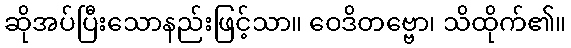
ဆိုအပ်ပြီးသောနည်းဖြင့်သာ။ ဝေဒိတဗ္ဗော၊ သိထိုက်၏။